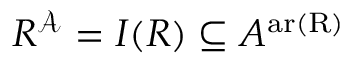
R ^ { \mathcal { A } } = I ( R ) \subseteq A ^ { \operatorname { a r ( R ) } }